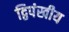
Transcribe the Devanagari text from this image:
द्विपंखीय